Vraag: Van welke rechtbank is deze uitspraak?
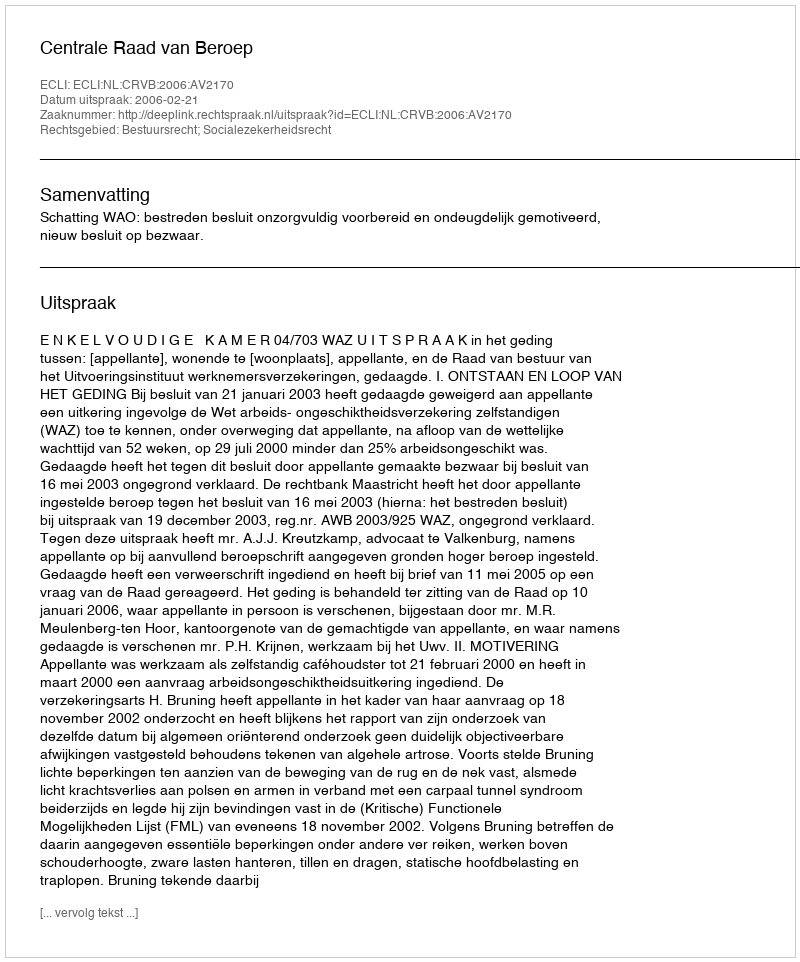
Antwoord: Centrale Raad van Beroep